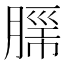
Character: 𮌦